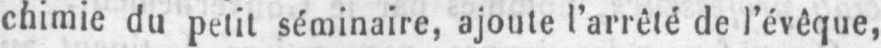
chimie du petit séminaire, ajoute l’arrêté de l’évêque,